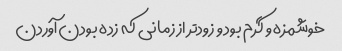
خوشمزه و گرم بود و زودتر از زمانی که زده بودن آوردن